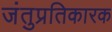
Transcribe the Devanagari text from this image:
जंतुप्रतिकारक